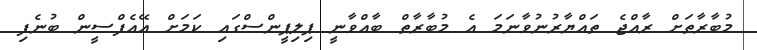
މުބާރާތަށް ރާއްޖެ ތައްޔާރުނުވާނަމަ އެ މުބާރާތް ބާއްވާނީ ޕިލިޕީންސްގައި ކަމަށް އޭއެފްސީން ބުނެފި